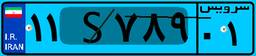
۸۲S۱۹۲۳۳